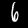
Label: 6